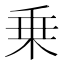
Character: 乗